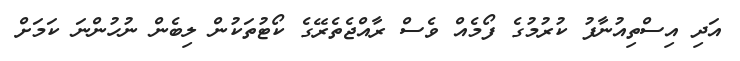
އަދި އިސްތިއުނާފު ކުރުމުގެ ފޯމެއް ވެސް ރާއްޖެތެރޭގެ ކޯޓުތަކުން ލިބެން ނުހުންނަ ކަމަށް